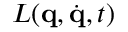
L ( \mathbf { q } , { \dot { \mathbf { q } } } , t )